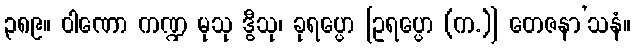
၃၈၉။ ဝါဏော ကဏ္ဍ မုသု ဒွီသု၊ ခုရပ္ပော [ဥရပ္ပော (က.)] တေဇနာ’သနံ။